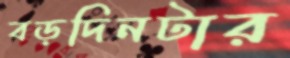
বড়দিনটার